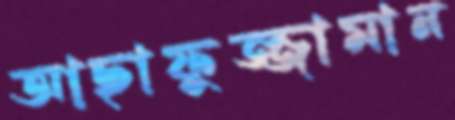
আছাফুজ্জামান